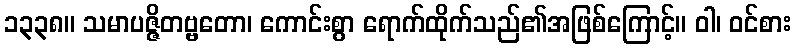
၁၃၃၈။ သမာပဇ္ဇိတဗ္ဗတော၊ ကောင်းစွာ ရောက်ထိုက်သည်၏အဖြစ်ကြောင့်။ ဝါ၊ ဝင်စား